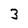
Character: 3